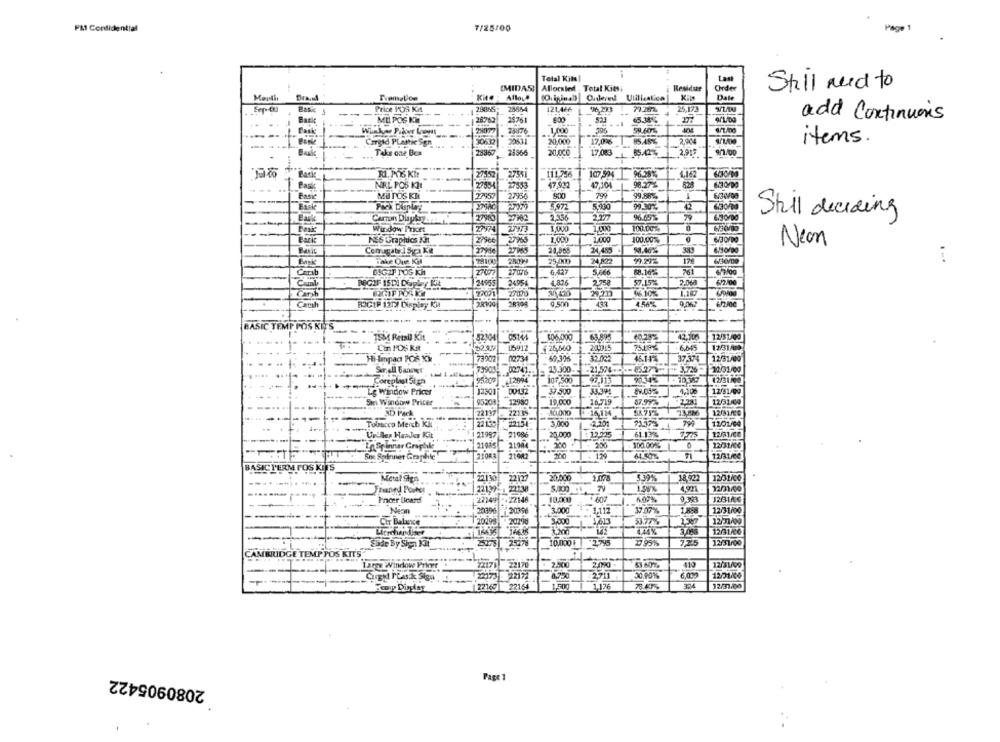
PAT Confidential
7/25/00
Page 1
Total Kital
(MIDAS]
Allocated Total Kits
Residue
Order
Still need to
Allou#
Ordered Ulilicalica
Date
Price POS Kit
1 28865)
121,466
79.28%
25,173
Baske
ML POS KM
1 28763
28761
277
add Continuous
65.38'S
28877
23876
1,000
396
59.60%
Cargad Plastic Sign
20,000
85.48%%
2.004
items.
..
.
Bank
Take one Box
29367
25366
20,000
17,083
2017
9/100
1
27152 27551
96.28%,
Bask
NRL POS KIT
27554
27533
47,932
47.104
6430400
Basic
Mil DOS KI
27957
27954
799
--
Back
5,972
5,930
Still deciding
Canon Display-ra
27902
2:336
2.27
96.65%
79
Basic
Window Pricht
2474
1.00
100.00%
Bark
NES Graphics XJt
27966
27968
1,000
1.000
100.007%
6/30/00
Neon
27265
34,485
24 322
99.292
178
6/30/00
Bank
25 000
Carib
6,427
5.666
88.16%
261
REGIF 15DI Dopby K4
2495
24054
2751
57.15%
2.068
62.00
Carl
20420
2m
Cash
ROGIP 1211 Display Kül
BASIC TEMP POS KITS
TSM Retail Kit
52304
05144
$06.000
.63.895
42,105
12/31/00
Cin 1'OS Kit
15912
124,600
20,015
6,645
1231/0
69.306
32.002
12/31/00
Hi-Impad PO6 KM
02734
46.1 7%
37.374
739004 02741.
23.300.
-21,576-
12031/00
Coreplast Sign
95207 12696
107,500
47113
9054% - 10367
Lg Window Pricer
12301
00132
37.500
33.3ML
1.106
12/31/09
Smi Window Pricer
95508
19,000
10.719
12/31/04
12950
3D Park
22137
221 15
1201/29
Tobacco Merch Kil
22151
3,000
1201/04
Undles HanJer Kit
1 21957 21986
20.000
: 12.225
61.13%
12/01/00
IoSpinner Graphite
21085 21004
200
200
100.00%%
12/31/00
1
21068
200
129
64.50%
ICTERM FOS KITS
Metal Sign
22130
1.008
539%
18.922
12/31/co
Franed Porte!
221.39- 22138
5.000
22/31/00
10.000
Pincer Ucard
22349
22146
9,393
128166
Neon
20396 20396
3.000
1.112
37.07%
1.858
12/31/00
12/31/00
Cir Balance
20299 20298
3,000
1. 1,613
53.77%
12/31/00
10.000 | 2.795
72.5
12/31/00
Side By Sign Kit
195%
AMBRIDGE TEMPPOS KITS
Tarce Windlow Prices
22171 22170
2.000
63.60%
419
12/31/09
22173 22171
2711
30.10%
12/21/00
27160
22164
1,500
1,17€
78.40%
304
12/31.00
Feu Dingfar
2080905422
Page